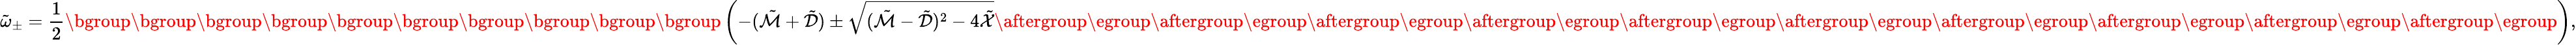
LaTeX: \tilde{\omega}_{\pm}=\frac{1}{2}\mathopen{}\mathclose\bgroup\mathopen{}\mathclose\bgroup\mathopen{}\mathclose\bgroup\mathopen{}\mathclose\bgroup\mathopen{}\mathclose\bgroup\mathopen{}\mathclose\bgroup\mathopen{}\mathclose\bgroup\mathopen{}\mathclose\bgroup\mathopen{}\mathclose\bgroup\mathopen{}\mathclose\bgroup\left(-(\tilde{\mathcal{M}}+\tilde{\mathcal{D}})\pm\sqrt{(\tilde{\mathcal{M}}-\tilde{\mathcal{D}})^{2}-4\tilde{\mathcal{X}}}\aftergroup\egroup\aftergroup\egroup\aftergroup\egroup\aftergroup\egroup\aftergroup\egroup\aftergroup\egroup\aftergroup\egroup\aftergroup\egroup\aftergroup\egroup\aftergroup\egroup\right),